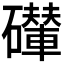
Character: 𥗇